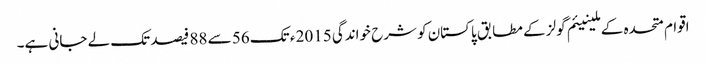
اقوام متحدہ کے ملینیئم گولز کے مطابق پاکستان کو شرح خواندگی 2015 ء تک 56 سے 88 فیصد تک لے جانی ہے۔